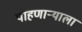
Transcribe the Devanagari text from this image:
पाहणाऱ्याला